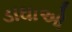
ડાઘાઓ